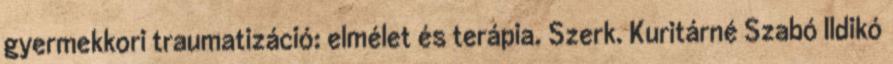
gyermekkori traumatizáció: elmélet és terápia. Szerk. Kuritárné Szabó Ildikó